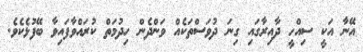
އޭނާ އަކީ ސިއްހީ ދާއިރާގައި ގިނަ ދުވަސްތަކެއް ވަންދެން ހިދުމަތް ކުރައްވާފައިވާ ބޭފުޅެކެވެ.